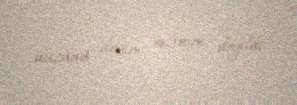
düzünü deyim mənim deyildi.